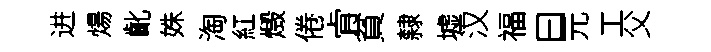
进煬齔姝淘紅燬倦肻貧隸墟汉福曰元工父